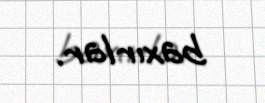
baxırlar.